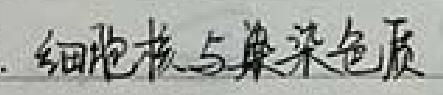
细胞核与染色质